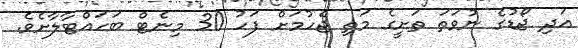
އަދި ޖޯޑުގެ ނުވަތަ ތަށީގެ މަތި ޖެހުމަށް ފަހު 30 މިނެޓް ބަހައްޓާލާށެވެ.